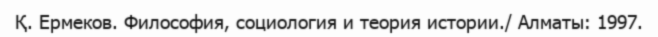
Қ. Ермеков. Философия, социология и теория истории./ Алматы: 1997.